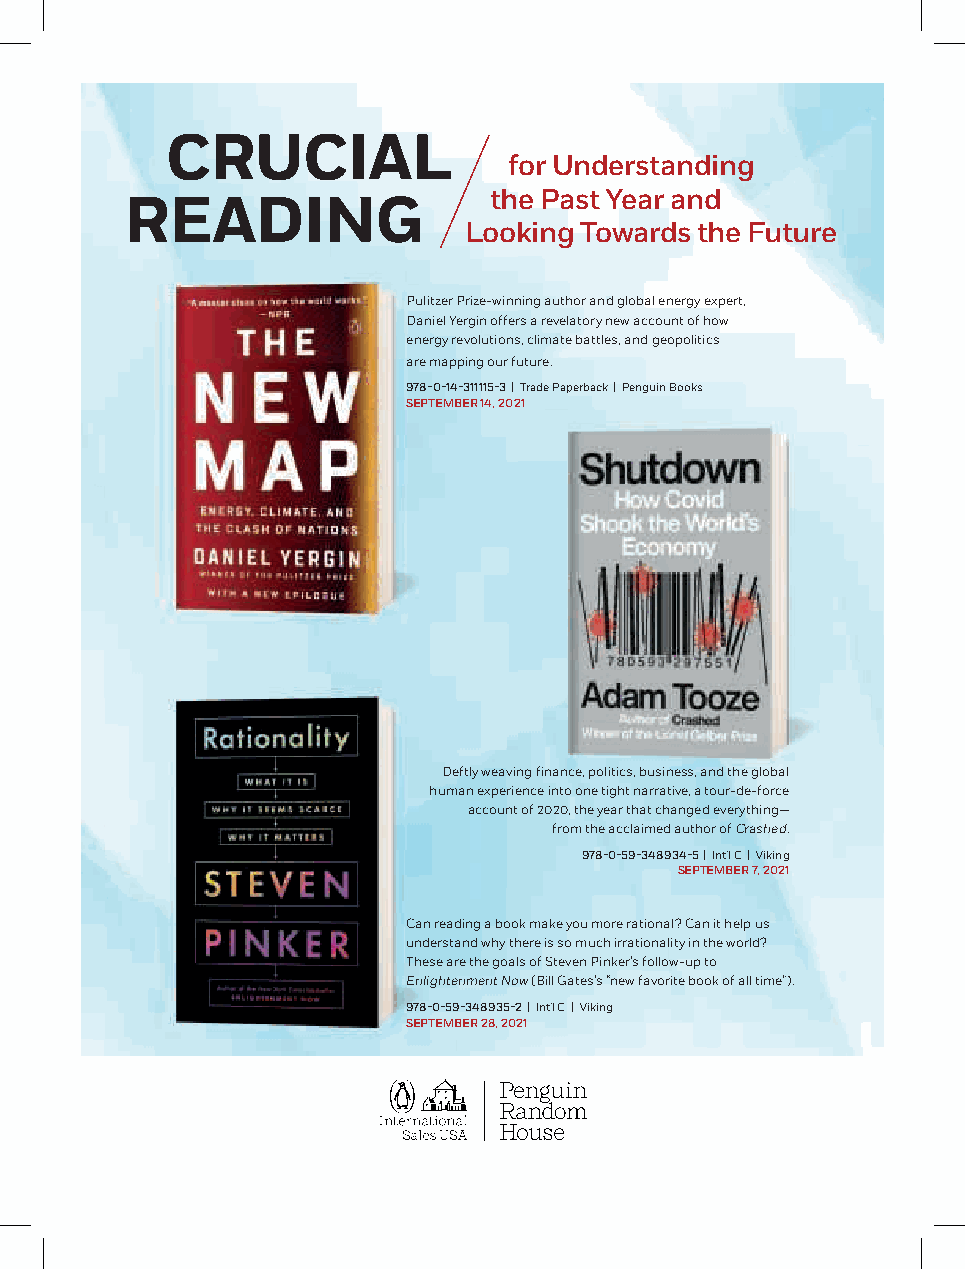
CRUCIAL
 for Understanding
 the Past Year and
 READING
 Looking Towards the Future
 Pulitzer Prize-winning author and global energy expert,
 Daniel Yergin offers a revelatory new account of how
 energy revolutions, climate battles, and geopolitics
 are mapping our future.
 978-0-14-311115-3 | Trade Paperback | Penguin Books
 SEPTEMBER 14, 2021
 Deftly weaving finance, politics, business, and the global
 human experience into one tight narrative, a tour-de-force
 account of 2020, the year that changed everything—
 from the acclaimed author of Crashed.
 978-0-59-348934-5 | Int’l C | Viking
 SEPTEMBER 7, 2021
 Can reading a book make you more rational? Can it help us
 understand why there is so much irrationality in the world?
 These are the goals of Steven Pinker’s follow-up to
 Enlightenment Now (Bill Gates’s “new favorite book of all time”).
 978-0-59-348935-2 | Int’l C | Viking
 SEPTEMBER 28, 2021